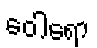
ဝေါရော